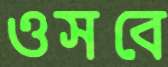
ওসবে